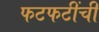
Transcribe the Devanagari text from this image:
फटफटींची